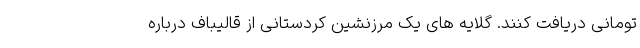
تومانی دریافت کنند. گلایه های یک مرزنشین کردستانی از قالیباف درباره